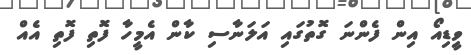
ވީިޑިއޯ އިން ފެންނަ ގޮތުގައި އަލަނާސި ކާން އެމީހާ ފޮތި ފޮތި އެއް